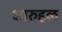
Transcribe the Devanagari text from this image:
आरुहळ